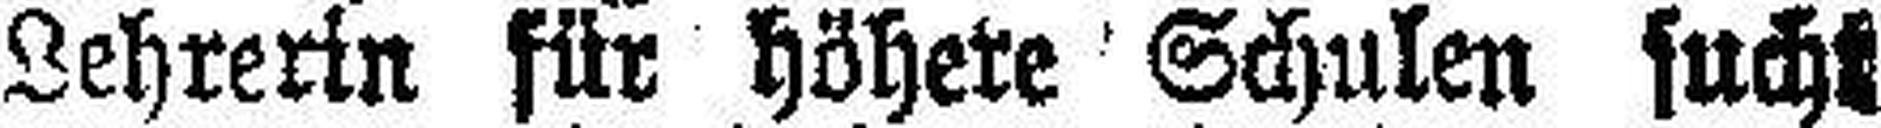
Lehrerin für höhere Schulen sucht